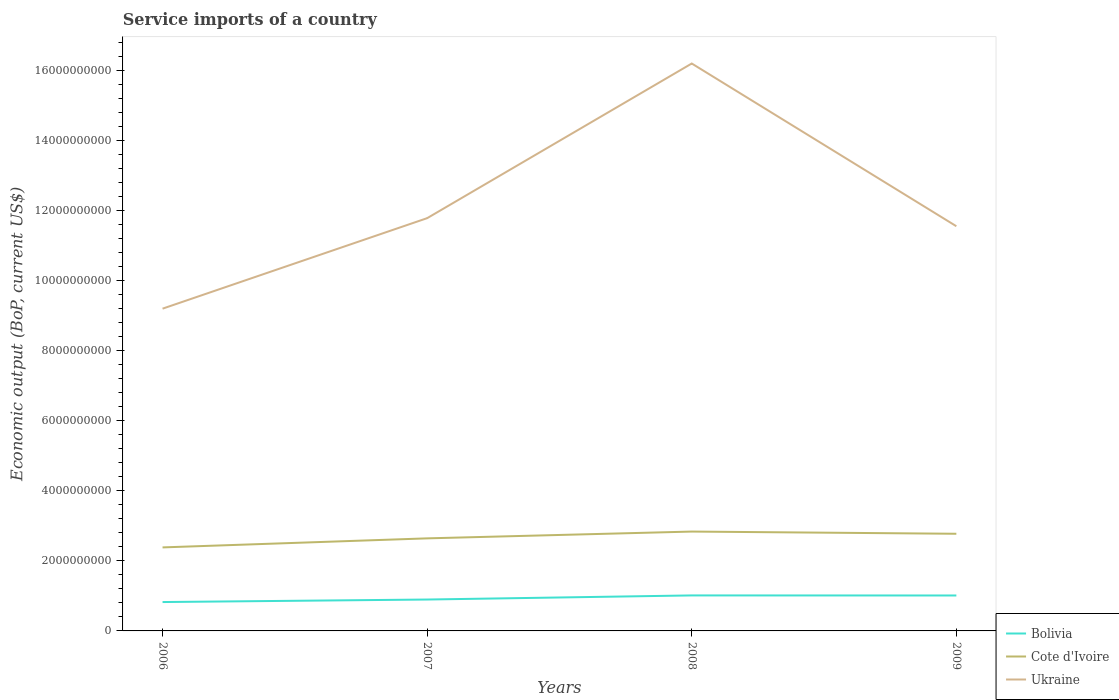
| Years | Bolivia | Cote d'Ivoire | Ukraine |
 | --- | --- | --- | --- |
 | 2006 | 8.25e+08 | 2.39e+09 | 9.20e+09 |
 | 2007 | 8.97e+08 | 2.64e+09 | 1.18e+10 |
 | 2008 | 1.01e+09 | 2.84e+09 | 1.62e+10 |
 | 2009 | 1.01e+09 | 2.78e+09 | 1.16e+10 |